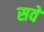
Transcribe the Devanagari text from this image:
सवें